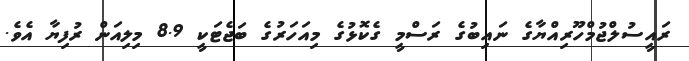
ރައީސުލްޖުމްހޫރިއްޔާގެ ނައިބުގެ ރަސްމީ ގެކޮޅުގެ މިއަހަރުގެ ބަޖެޓަކީ 8.9 މިލިއަން ރުފިޔާ އެވެ.